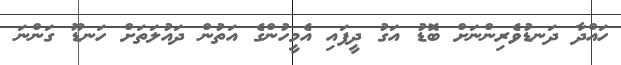
ހައްދާ ދަނޑުވެރިންނަށް ބޮޑު އަގު ދީފައި އެމީހުންގެ އަތުން ދައުލަތަށް ހަނޑޫ ގަންނަ